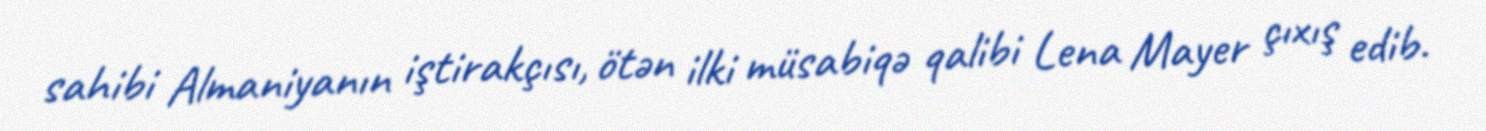
sahibi Almaniyanın iştirakçısı, ötən ilki müsabiqə qalibi Lena Mayer çıxış edib.